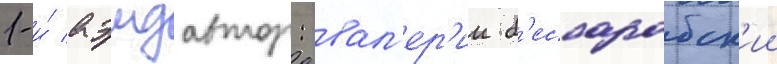
1-и́ аэмдавтор: вал'ер'ии б'ессарабск'ии